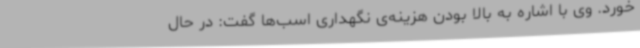
خورد. وی با اشاره به بالا بودن هزینه‌ی نگهداری اسب‌ها گفت: در حال